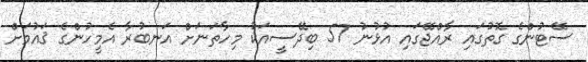
ސޭޓުންގެ ގޮތުގައި ރާއްޖޭގައި އުޅުނު 57 ބިދޭސީއަކު މިހާތަނަށް އަނބުރާ އެމީހުންގެ ޤައުމަށް